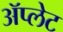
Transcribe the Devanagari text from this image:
ॲप्लेट